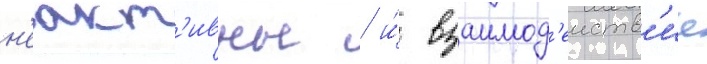
н'еакт'ивны / и́ взаимод'еиств'ие